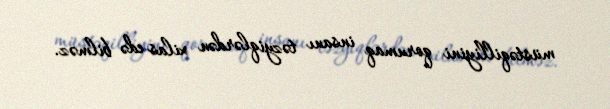
müstəqilliyini qorumaq insanı təzyiqlərdən xilas edə bilməz.